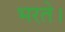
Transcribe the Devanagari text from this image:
भरते।